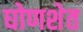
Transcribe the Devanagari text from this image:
घोणशेत